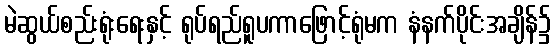
မဲဆွယ်စည်းရုံးရေးနှင့် ရုပ်ရည်ရူပကာဖြောင့်ရုံမက နံနက်ပိုင်းအချိန်၌